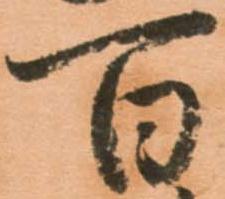
百